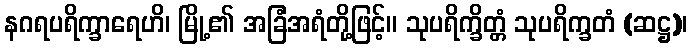
နဂရပရိက္ခာရေဟိ၊ မြို့၏ အခြံအရံတို့ဖြင့်။ သုပရိက္ခိတ္တံ သုပရိက္ခတံ (ဆဋ္ဌ)၊